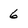
Character: 6